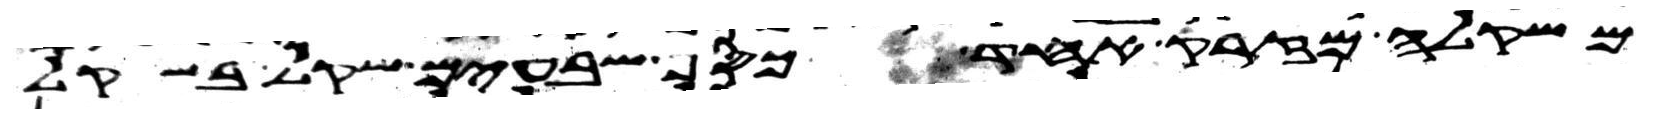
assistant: משקלה מזרק אחד כסף שבעים שקל בשקל